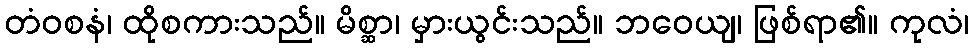
တံဝစနံ၊ ထိုစကားသည်။ မိစ္ဆာ၊ မှားယွင်းသည်။ ဘဝေယျ၊ ဖြစ်ရာ၏။ ကုလံ၊